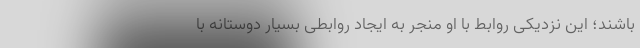
باشند؛ این نزدیکی روابط با او منجر به ایجاد روابطی بسیار دوستانه با